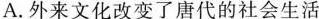
A.外来文化改变了唐代的社会生活